Sketch of the medical history of the native army of Bombay, for the year
Year: 1872
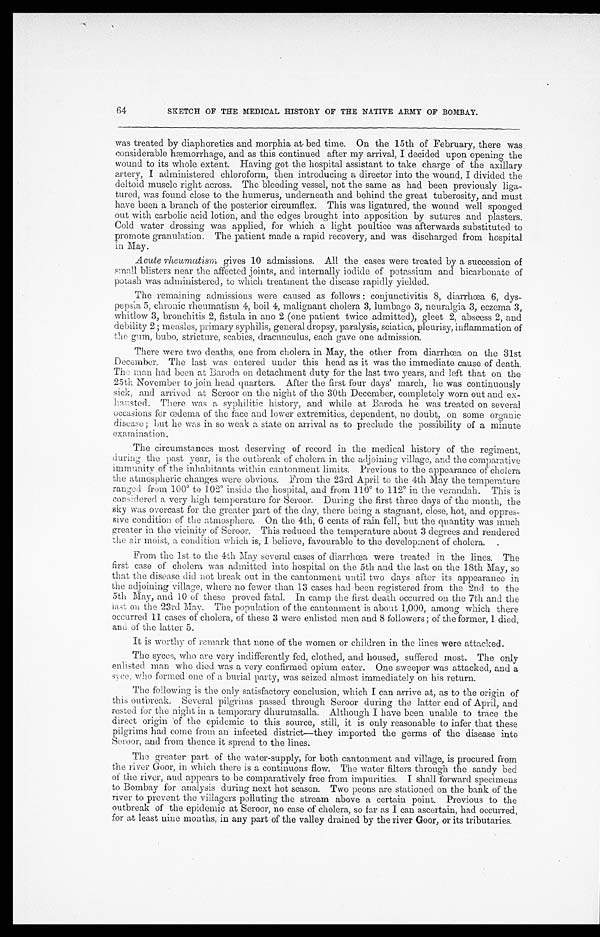
64
SKETCH OF THE MEDICAL HISTORY OF THE NATIVE ARMY OF BOMBAY.
was treated by diaphoretics and morphia at bed time. On the 15th of February, there was
considerablehæmorrhage, and as this continued after my arrival, I decided upon opening the
wound to its whole extent. Having got the hospital assistant to take charge of the axillary
artery, I administered chloroform, then introducing a director into the wound, I divided the
deltoid muscle right across. The bleeding vessel, not the same as had been previously liga
-
tured, was found close to the humerus, underneath and behind the great tuberosity, and must
have been a branch of the posterior circumflex. This was ligatured, the wound well sponged
out with carbolic acid lotion, and the edges brought into apposition by sutures and plasters.
Cold water dressing was applied, for which a light poultice was afterwards substituted to
promote granulation. The patient made a rapid recovery, and was discharged from hospital
in May.
Acute rheumatism gives 10 admissions. All the cases were treated by a succession of
small blisters near the affected joints, and internally iodide of potassium and bicarbonate of
potash was administered, to which treatment the disease rapidly yielded.
The remaining admissions were caused as follows : conjunctivitis 8, diarrhoea 6, dys
-
pepsia 5, chronic rheumatism 4, boil 4, malignant cholera 3, lumbago 3, neuralgia 3, eczema 3,
whitlow 3, bronchitis 2, fistula in ano 2 (one patient twice admitted), gleet 2, abscess 2, and
debility 2 ; measles, primary syphilis, general dropsy, paralysis, sciatica, pleurisy, inflammation of
the gum, bubo, stricture, scabies, dracunculus, each gave one admission.
There were two deaths, one from cholera in May, the other from diarrhœa on the 31st
December. The last was entered under this head as it was the immediate cause of death.
The man had been at Baroda on detachment duty for the last two years, and left that on the
25th November to join head quarters. After the first four days' march, lie was continuously
sick, and arrived at Seroor on the night of the 30th December, completely worn out and
ex-hausted. There was a syphilitic history, and while at Baroda he was treated on several
occasions for oœdema of the face and lower extremities, dependent, no doubt, on some organic
disease; but he was in so weak a state on arrival as to preclude the possibility of a minute
exam i nation.
The circumstances most deserving of record in the medical history of the regiment,
during the past year, is the outbreak of cholera in the adjoining village, and the comparative
immunity of the inhabitants withi n cantonment limits. Previous to the appearance of cholera
the atmospheric changes were obvious. From the 23rd April to the 4th May the temperature
ranged from 100° to 102° inside the hospital, and from 110° to 112° in the verandah. This is
considered a very high temperature for Seroor. During the first three days of the month, the
sky was overcast for the greater part of the day, there being a stagnant, close, hot, and oppres-
sive condition of the atmosphere. On the 4th, 6 cents of rain fell, but the quantity was much
greater in the vicinity of Seroor. This reduced the temperature about 3 degrees and rendered
the air moist, a condition which is, I believe, favourable to the development of cholera. .
From the 1st to the 4th May several cases of diarrhœa were treated in the lines. The
first case of cholera was admitted into hospital on the 5th and the last on the 18th May, so
that the disease did not break out in the cantonment until two days after its appearance in
the adjoining village, where no fewer than 13 cases had been registered from the 2nd to the
5th May, and 10 of these proved fatal. In camp the first death occurred on the 7th and the
last on the 23rd May. The population of the cantonment is about 1,000, among which there
occurred 11 cases of cholera, of these 3 were enlisted men and 8 followers; of them former, 1 died,
and of the latter 5.
It is worthy of remark that none of the women or children in the lines were attacked.
The syces, who are very indifferently fed, clothed, and housed, suffered most. The only
enlisted man who died was a very confirmed opium eater. One sweeper was attacked, and a
syce, who formed one of a burial party, was seized almost immediately on his return.
The following is the only satisfactory conclusion, which I can arrive at, as to the origin of
this outbreak. Several pilgrims passed through Seroor during the latter end of April, and
rested for the night in a temporary dhurumsalla. Although I have been unable to trace the
direct origin of the epidemic to this source, still, it is only reasonable to infer that these
pilgrims had come from an infected district—they imported the germs of the disease into
Seroor, and from thence it spread to the lines.
The greater part of the water-supply, for both cantonment and village, is procured from
the river Goor, in which there is a continuous flow. The water filters through the sandy bed
of the river, and appears to be comparatively free front impurities. I shall forward specimens
to Bombay for analysis during next hot season. Two peons are stationed on the bank of the
river to prevent the villagers polluting the stream above a certain point. Previous to the
outbreak of the epidemic at Seroor, no case of cholera, so far as I can ascertain, had occurred,
for at least nine months, in any part of the valley drained by the river Goor, or its tributaries.